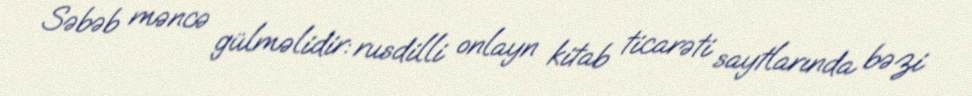
Səbəb məncə gülməlidir: rusdilli onlayn kitab ticarəti saytlarında bəzi